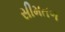
સીમતળ